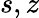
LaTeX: s,z